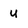
Character: u